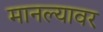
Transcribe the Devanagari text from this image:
मानल्यावर